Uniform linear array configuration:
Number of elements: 4
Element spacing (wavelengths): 0.25
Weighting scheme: cosine
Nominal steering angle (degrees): -45
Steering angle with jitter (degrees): -43.288
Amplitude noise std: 0.05
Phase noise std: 0.05

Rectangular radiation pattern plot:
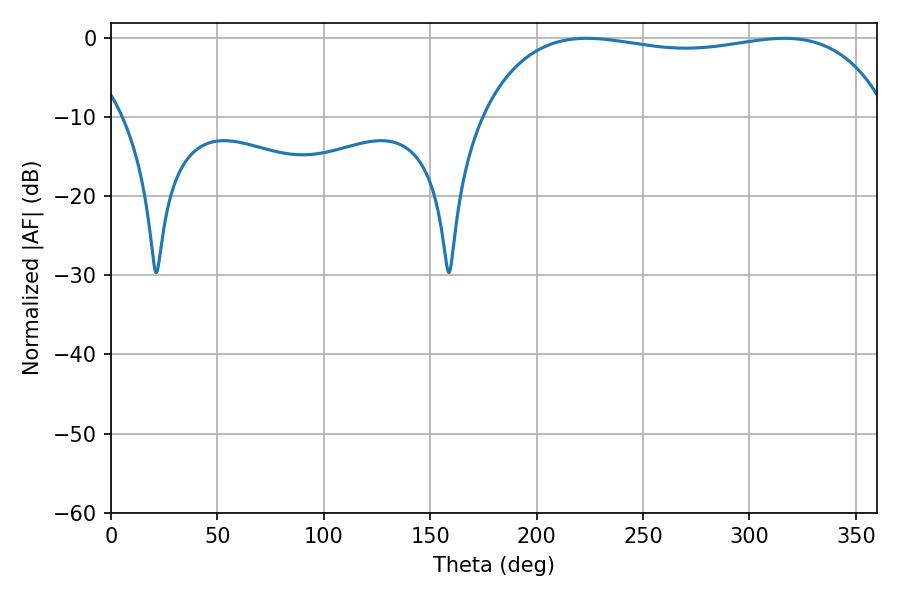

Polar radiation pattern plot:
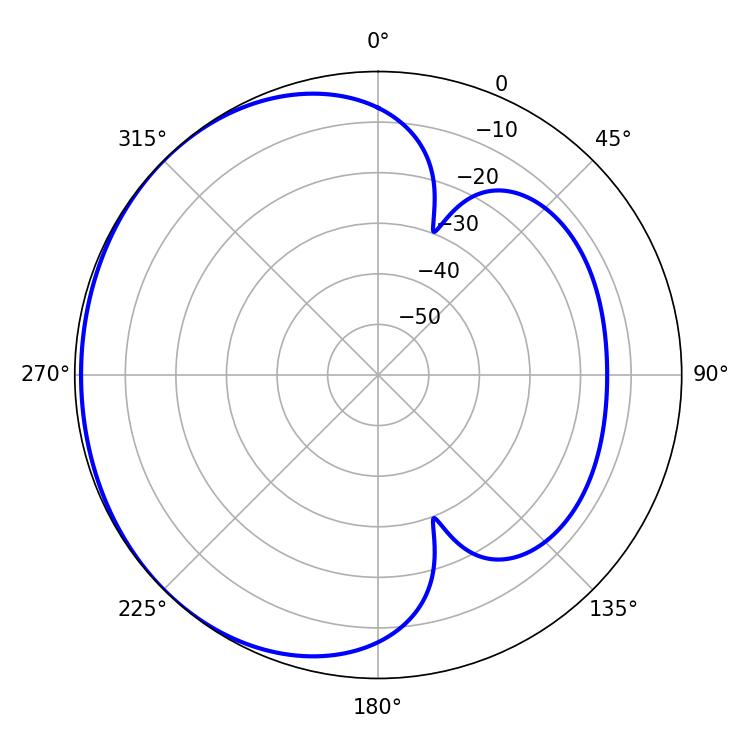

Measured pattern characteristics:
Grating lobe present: FALSE
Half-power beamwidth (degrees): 154.8
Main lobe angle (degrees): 223.56